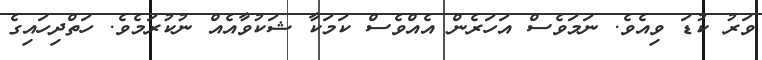
ވަރު ކުޑަ ވިއެވެ. ނަމަވެސް އަހަރެން އެއްވެސް ކަމަކާ ޝަކުވާއެއް ނުކުރަމެވެ. ހަތްދިހައިގެ